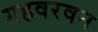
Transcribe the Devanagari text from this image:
गहवरवन